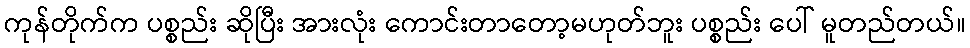
ကုန်တိုက်က ပစ္စည်း ဆိုပြီး အားလုံး ကောင်းတာတော့မဟုတ်ဘူး ပစ္စည်း ပေါ် မူတည်တယ်။